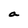
Character: a